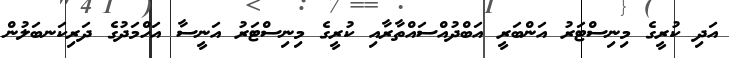
އަދި ކުރީގެ މިނިސްޓަރު އަންބަރީ އަބްދުއްސައްތާރާއި ކުރީގެ މިނިސްޓަރު އަނީސާ އަހްމަދުގެ ދަރިކަނބަލުން